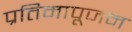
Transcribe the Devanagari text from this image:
प्रतिमापूजन